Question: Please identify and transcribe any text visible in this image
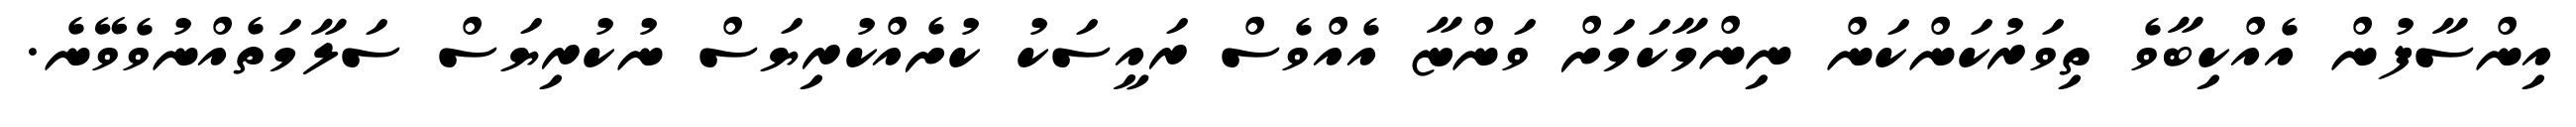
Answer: އިންސާފުން އެއްކިބާވެ ތިވަރުކަންކަން ނިންމާކަމަށް ވަންޏާ އެއްވެސް ރައީސަކު ކުށެއްކުރިޔަސް ނުކުރިޔަސް ސަލާމަތެއްނުވެވޭނެ.